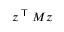
z ^ { \textsf { T } } M z